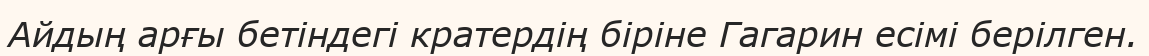
Айдың арғы бетіндегі кратердің біріне Гагарин есімі берілген.